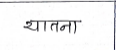
मजकूर: यातना